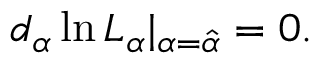
d _ { \alpha } \ln L _ { \alpha } | _ { \alpha = \hat { \alpha } } = 0 .